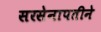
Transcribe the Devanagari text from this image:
सरसेनापतीने